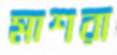
মাশরা